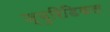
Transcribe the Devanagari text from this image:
ज्युरिडिकल